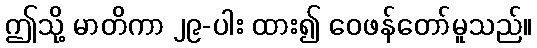
ဤသို့ မာတိကာ ၂၉-ပါး ထား၍ ဝေဖန်တော်မူသည်။